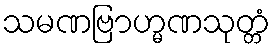
သမဏဗြာဟ္မဏသုတ္တံ